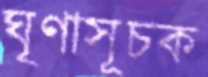
ঘৃণাসূচক